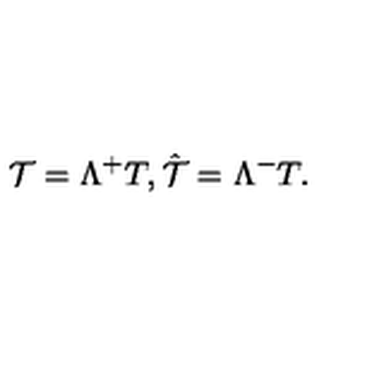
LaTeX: { \cal T } = \Lambda ^ { + } T , \hat { \cal T } = \Lambda ^ { - } T .